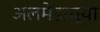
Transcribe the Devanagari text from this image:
अलमेडाच्या